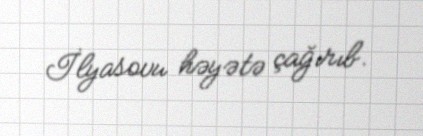
İlyasovu həyətə çağırıb.